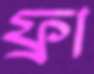
ফ্রা